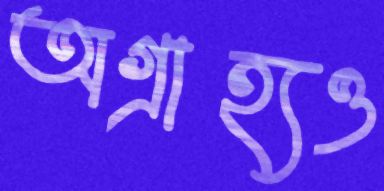
অগ্রাহ্যও